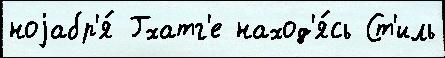
ноjабр'я́ Гхатг'е наход'я́сь Ст'иль